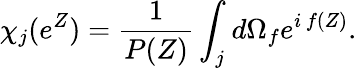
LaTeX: \chi_{j}(e^{Z})={\frac{1}{P(Z)}}\int_{j}d\Omega_{f}e^{i\, f(Z)}.